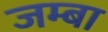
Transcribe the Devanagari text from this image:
जम्बा